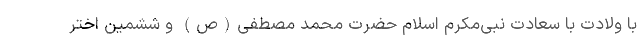
با ولادت با سعادت نبی‌مکرم اسلام حضرت محمد مصطفی(ص) و ششمین اختر